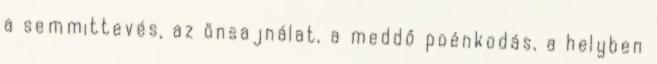
a semmittevés, az önsajnálat, a meddő poénkodás, a helyben